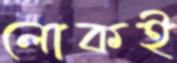
লোকই